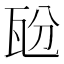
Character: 瓰